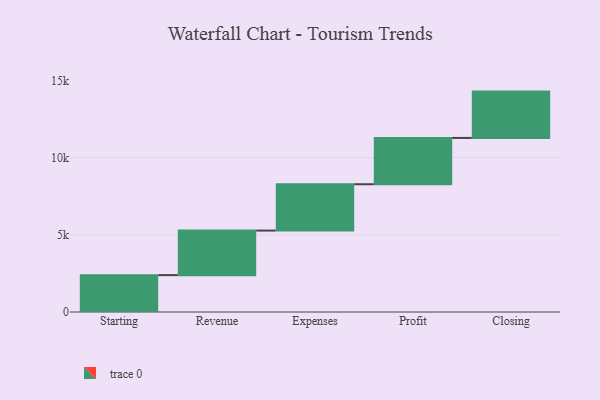
{"axis": {"x": "Step", "y": "Value"}, "legend": [""], "data": [{"x": "Starting", "y": 2388.0, "type": ""}, {"x": "Revenue", "y": 2885.0, "type": ""}, {"x": "Expenses", "y": 3000, "type": ""}, {"x": "Profit", "y": 3000, "type": ""}, {"x": "Closing", "y": 3000, "type": ""}]}